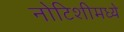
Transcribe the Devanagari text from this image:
नोटिशीमध्ये